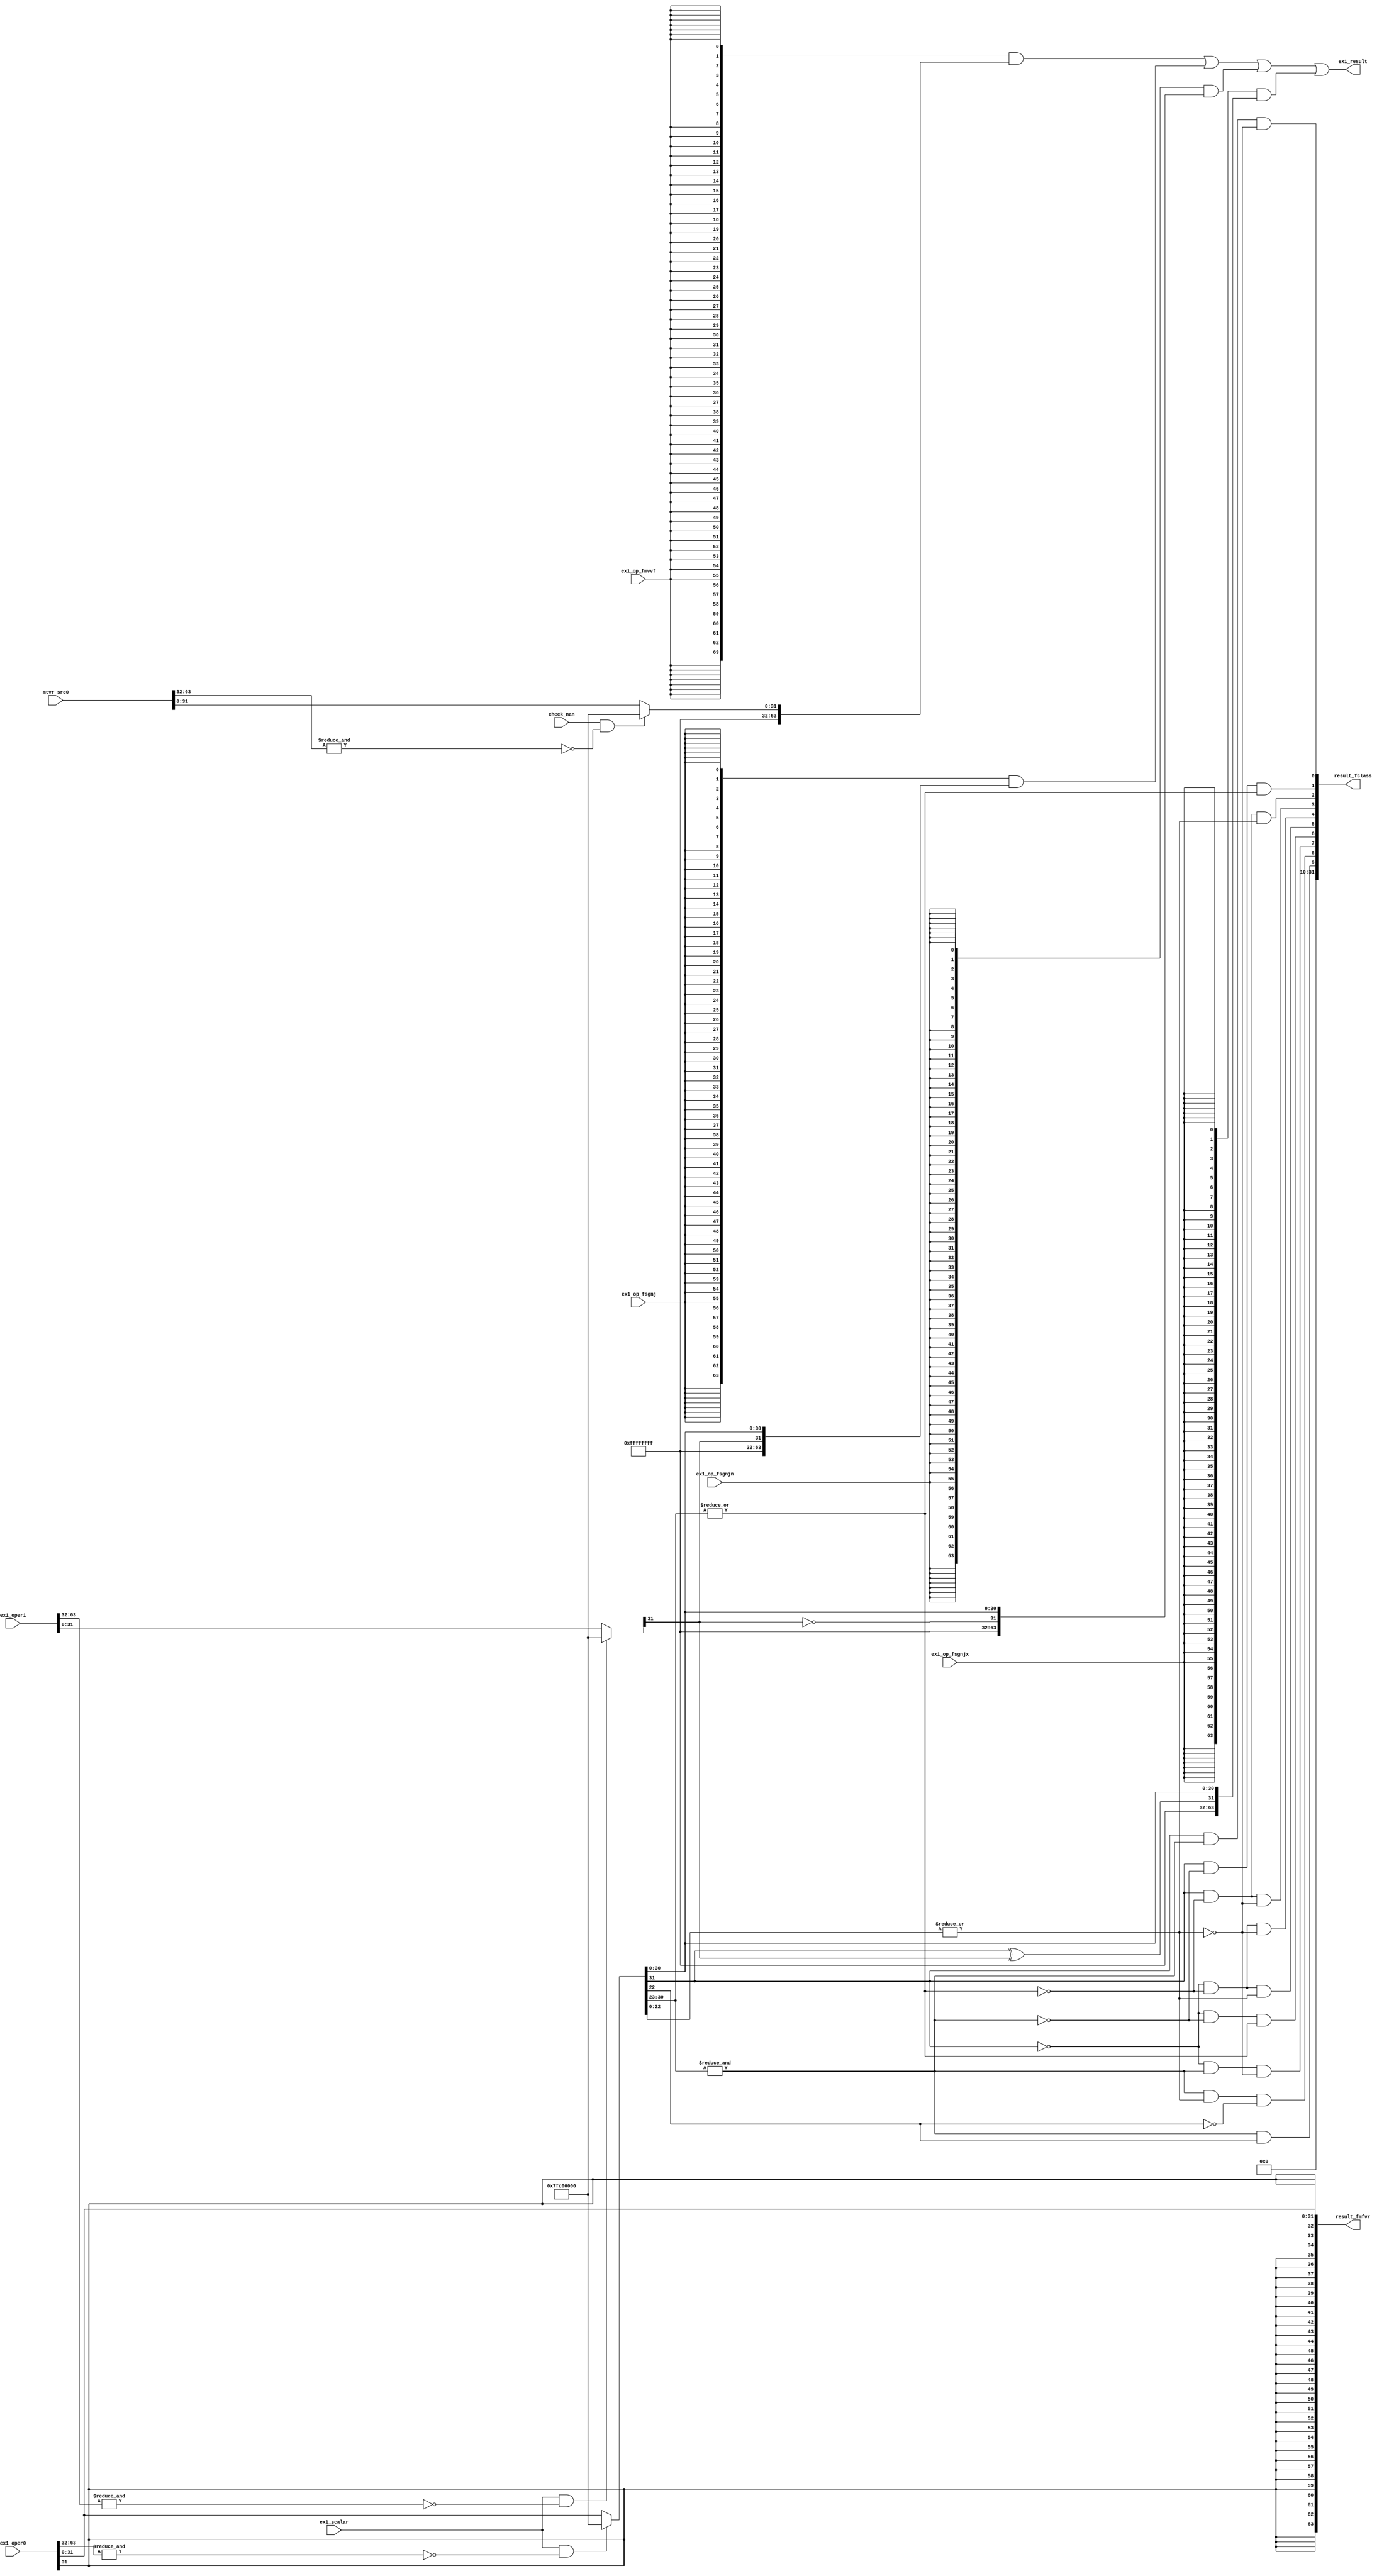
/*Copyright 2019-2021 T-Head Semiconductor Co., Ltd.

Licensed under the Apache License, Version 2.0 (the "License");
you may not use this file except in compliance with the License.
You may obtain a copy of the License at

    http://www.apache.org/licenses/LICENSE-2.0

Unless required by applicable law or agreed to in writing, software
distributed under the License is distributed on an "AS IS" BASIS,
WITHOUT WARRANTIES OR CONDITIONS OF ANY KIND, either express or implied.
See the License for the specific language governing permissions and
limitations under the License.
*/
module ct_fspu_single(
  check_nan,
  ex1_op_fmvvf,
  ex1_op_fsgnj,
  ex1_op_fsgnjn,
  ex1_op_fsgnjx,
  ex1_oper0,
  ex1_oper1,
  ex1_result,
  ex1_scalar,
  mtvr_src0,
  result_fclass,
  result_fmfvr
);

// &Ports; @19
input           check_nan;           
input           ex1_op_fmvvf;        
input           ex1_op_fsgnj;        
input           ex1_op_fsgnjn;       
input           ex1_op_fsgnjx;       
input   [63:0]  ex1_oper0;           
input   [63:0]  ex1_oper1;           
input           ex1_scalar;          
input   [63:0]  mtvr_src0;           
output  [63:0]  ex1_result;          
output  [31:0]  result_fclass;       
output  [63:0]  result_fmfvr;        

// &Regs; @20

// &Wires; @21
wire            check_nan;           
wire            ex1_mtvr_cnan;       
wire            ex1_op0_cnan;        
wire            ex1_op1_cnan;        
wire            ex1_op_fmvvf;        
wire            ex1_op_fsgnj;        
wire            ex1_op_fsgnjn;       
wire            ex1_op_fsgnjx;       
wire    [63:0]  ex1_oper0;           
wire    [31:0]  ex1_oper0_single;    
wire    [63:0]  ex1_oper1;           
wire    [31:0]  ex1_oper1_single;    
wire    [63:0]  ex1_result;          
wire            ex1_scalar;          
wire            ex1_sing_expnt0_max; 
wire            ex1_sing_expnt0_zero; 
wire            ex1_sing_frac0_all0; 
wire            ex1_sing_frac0_msb;  
wire            ex1_sing_neg_dn;     
wire            ex1_sing_neg_inf;    
wire            ex1_sing_neg_nm;     
wire            ex1_sing_neg_zero;   
wire            ex1_sing_op0_sign;   
wire            ex1_sing_pos_dn;     
wire            ex1_sing_pos_inf;    
wire            ex1_sing_pos_nm;     
wire            ex1_sing_pos_zero;   
wire            ex1_sing_qnan;       
wire            ex1_sing_snan;       
wire    [63:0]  mtvr_src0;           
wire    [31:0]  mtvr_src0_f;         
wire    [31:0]  result_fclass;       
wire    [31:0]  result_fclasss;      
wire    [63:0]  result_fmfvr;        
wire    [63:0]  result_fmfvrs;       
wire    [63:0]  result_fmtvrs;       
wire    [63:0]  result_fsgnjns;      
wire    [63:0]  result_fsgnjs;       
wire    [63:0]  result_fsgnjxs;      

// &Force("bus","ex1_oper1",63,0); @22
assign ex1_op0_cnan    = ex1_scalar && !(&ex1_oper0[63:32]);
assign ex1_op1_cnan    = ex1_scalar && !(&ex1_oper1[63:32]);


assign ex1_oper0_single[31:0] = (ex1_op0_cnan)
                              ? 32'h7fc00000
                              : ex1_oper0[31:0];
assign ex1_oper1_single[31:0] = (ex1_op1_cnan)
                              ? 32'h7fc00000
                              : ex1_oper1[31:0];
//Sign bit prepare                              
assign ex1_sing_op0_sign      = ex1_oper0_single[31];   
//exponent max
assign ex1_sing_expnt0_max    = &ex1_oper0_single[30:23];
//exponent zero
assign ex1_sing_expnt0_zero   = ~|ex1_oper0_single[30:23];
//fraction zero
assign ex1_sing_frac0_all0    = ~|ex1_oper0_single[22:0];

//freaction msb
assign ex1_sing_frac0_msb     = ex1_oper0_single[22];



//FLASS.S
assign ex1_sing_neg_inf  = ex1_sing_op0_sign   && ex1_sing_expnt0_max  && ex1_sing_frac0_all0;
assign ex1_sing_neg_nm   = ex1_sing_op0_sign   && !ex1_sing_expnt0_max && !ex1_sing_expnt0_zero;
assign ex1_sing_neg_dn   = ex1_sing_op0_sign   && ex1_sing_expnt0_zero && !ex1_sing_frac0_all0;
assign ex1_sing_neg_zero = ex1_sing_op0_sign   && ex1_sing_expnt0_zero && ex1_sing_frac0_all0;
assign ex1_sing_pos_zero = !ex1_sing_op0_sign  && ex1_sing_expnt0_zero && ex1_sing_frac0_all0;
assign ex1_sing_pos_dn   = !ex1_sing_op0_sign  && ex1_sing_expnt0_zero && !ex1_sing_frac0_all0; 
assign ex1_sing_pos_nm   = !ex1_sing_op0_sign  && !ex1_sing_expnt0_max && !ex1_sing_expnt0_zero;
assign ex1_sing_pos_inf  = !ex1_sing_op0_sign  && ex1_sing_expnt0_max  && ex1_sing_frac0_all0;
assign ex1_sing_snan     = ex1_sing_expnt0_max && !ex1_sing_frac0_all0 && !ex1_sing_frac0_msb;
assign ex1_sing_qnan     = ex1_sing_expnt0_max && ex1_sing_frac0_msb;
assign result_fclasss[31:0] = {
                               22'b0,
                               ex1_sing_qnan,
                               ex1_sing_snan,
                               ex1_sing_pos_inf,
                               ex1_sing_pos_nm,
                               ex1_sing_pos_dn,
                               ex1_sing_pos_zero,
                               ex1_sing_neg_zero,
                               ex1_sing_neg_dn,
                               ex1_sing_neg_nm,
                               ex1_sing_neg_inf
                              };



//FSGNJX.S
assign result_fsgnjxs[63:0] = {32'hffffffff,
                               ex1_oper0_single[31]^ex1_oper1_single[31],
                               ex1_oper0_single[30:0]};



//FSGNJN.S
assign result_fsgnjns[63:0] = {32'hffffffff,
                               ~ex1_oper1_single[31],
                               ex1_oper0_single[30:0]};


//FSGNJ.S
assign result_fsgnjs[63:0]  = {32'hffffffff,
                               ex1_oper1_single[31],
                               ex1_oper0_single[30:0]};


assign ex1_mtvr_cnan        = check_nan && !(&mtvr_src0[63:32]);
assign mtvr_src0_f[31:0]    = ex1_mtvr_cnan ? 32'h7fc00000 
                                        : mtvr_src0[31:0];
//FMV.W.X
assign result_fmtvrs[63:0]  = {32'hffffffff,mtvr_src0_f[31:0]};



//FMV.X.W
assign result_fmfvrs[63:0]  = {{32{ex1_oper0[31]}},ex1_oper0[31:0]};

assign result_fmfvr[63:0]   = result_fmfvrs[63:0];

assign result_fclass[31:0]  = result_fclasss[31:0];

//Final Result
assign ex1_result[63:0] = {64{ex1_op_fmvvf}}       & result_fmtvrs[63:0]  | 
                          {64{ex1_op_fsgnj}}       & result_fsgnjs[63:0]  | 
                          {64{ex1_op_fsgnjn}}      & result_fsgnjns[63:0] | 
                          {64{ex1_op_fsgnjx}}      & result_fsgnjxs[63:0]; 
// &ModuleEnd; @113
endmodule